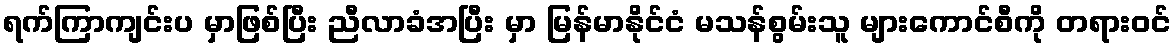
ရက်ကြာကျင်းပ မှာဖြစ်ပြီး ညီလာခံအပြီး မှာ မြန်မာနိုင်ငံ မသန်စွမ်းသူ များကောင်စီကို တရားဝင်